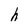
Character: h